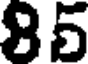
85